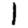
Digit: 1